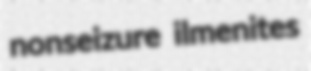
nonseizure ilmenites